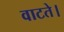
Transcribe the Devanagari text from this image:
वाटते।